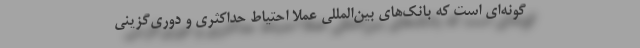
گونه‌ای است که بانک‌های بین‌المللی عملاً احتیاط حداکثری و دوری‌گزینی